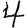
Digit: 4